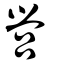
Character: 營